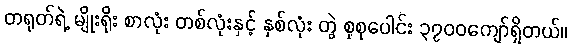
တရုတ်ရဲ့ မျိုးရိုး စာလုံး တစ်လုံးနှင့် နှစ်လုံး တွဲ စုစုပေါင်း ၃၇၀၀ကျော်ရှိတယ်။